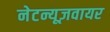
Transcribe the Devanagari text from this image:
नेटन्यूज़वायर